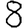
Digit: 8